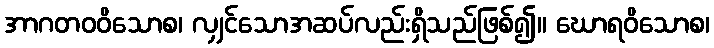
အာဂတဝဝိသောစ၊ လျှင်သောအဆပ်လည်းရှိသည်ဖြစ်၍။ ဃောရဝိသောစ၊